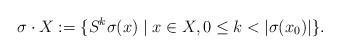
LaTeX: \begin{align*}\sigma \cdot X := \{S^k \sigma(x) \mid x \in X, 0\leq k < |\sigma(x_0)|\}.\end{align*}